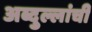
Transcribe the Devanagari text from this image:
अब्दुल्लांची